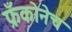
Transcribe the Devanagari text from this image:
फ्रँकोनेच